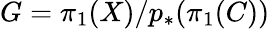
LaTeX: G=\pi_{1}(X)/p_{*}(\pi_{1}(C))